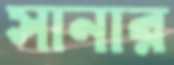
সানার